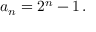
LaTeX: a _ { n } = 2 ^ { n } - 1 \, .